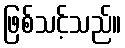
ဖြစ်သင့်သည်။